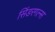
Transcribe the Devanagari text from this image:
सिंडरगल्स